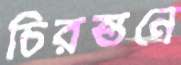
চিরন্তনে